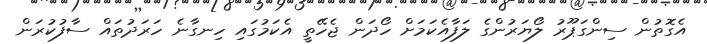
އެގޮތުން ސިންގަޕޫރު ލޯޔަރުންގެ ލަފާއެކަމަށް ހޯދަން ޖެހޭތީ އެކަމުގައި ހިނގާނެ ހަރަދުތައް ސާފުކުރަން